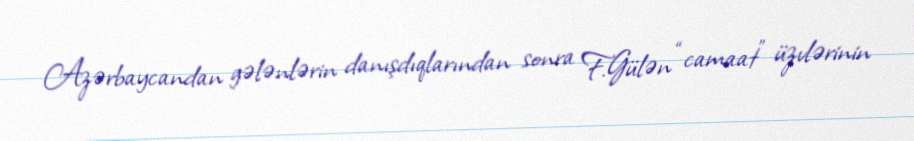
Azərbaycandan gələnlərin danışdıqlarından sonra F.Gülən “camaat” üzvlərinin